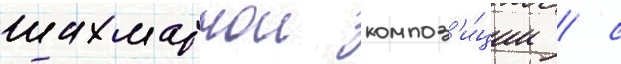
шахматнои композ'и́ции / с